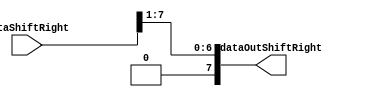
module ShiftRight(dataShiftRight,dataOutShiftRight);
parameter size = 8, shift1 = 1;
input [size-1:0] dataShiftRight;
output [size-1:0] dataOutShiftRight;

assign dataOutShiftRight = dataShiftRight>>shift1;

endmodule